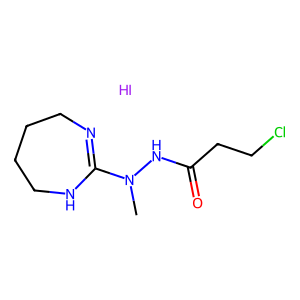
SMILES: CN(NC(=O)CCCl)C1=NCCCCN1.I
Inhibits HIV replication: No